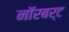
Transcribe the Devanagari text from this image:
नॉरबर्ट